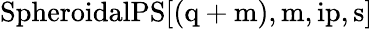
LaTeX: \mathrm{{SpheroidalPS}[(q+m),m,ip,s]}